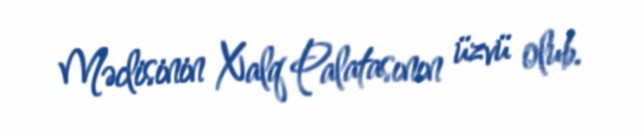
Məclisinin Xalq Palatasının üzvü olub.